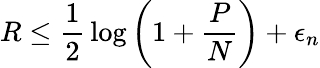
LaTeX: R\leq{\frac{1}{2}}\log\left(1+{\frac{P}{N}}\right)+\epsilon_{n}